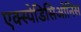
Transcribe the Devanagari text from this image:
एक्स्पेडिसिओनिस